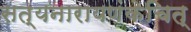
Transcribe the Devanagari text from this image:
सत्यनारायणंकेचित्